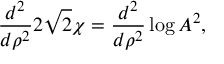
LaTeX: \frac { d ^ { 2 } } { d \rho ^ { 2 } } 2 \sqrt { 2 } \chi = \frac { d ^ { 2 } } { d \rho ^ { 2 } } \log A ^ { 2 } , \nonumber